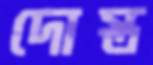
দোস্ত